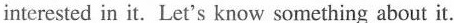
interested in it. Let's know something about it.